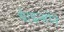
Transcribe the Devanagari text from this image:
थे।इन्होंने